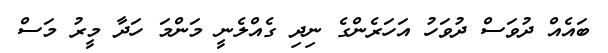
ބައެއް ދުވަސް ދުވަހު އަހަރެންގެ ނިދި ގެއްލެނީ މަންމަ ހަދާ މީރު މަސް